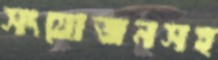
সংযোজনসহ